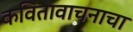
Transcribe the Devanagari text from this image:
कवितावाचनाचा